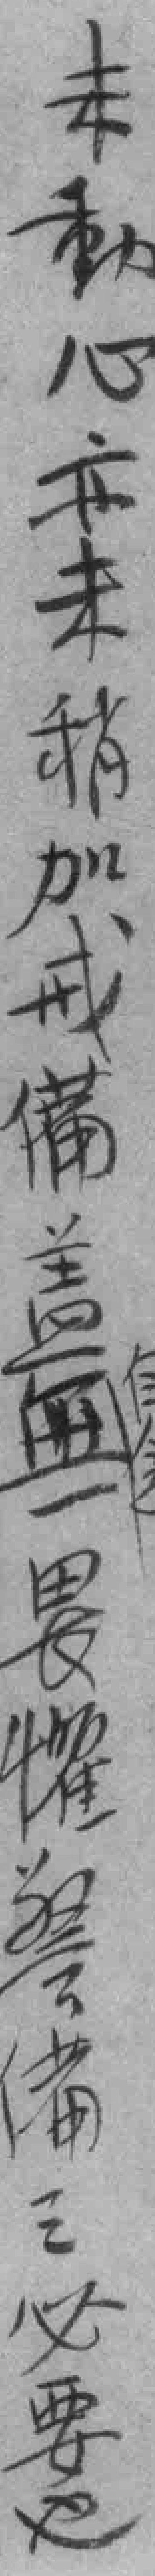
未動心亦未稍加戒備盖無畏懽警備之必要也